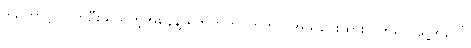
ဒါကြောင့် လက်ဦးမှု ယူတဲ့အနေနဲ့ ရဲဘက်ကို ကြိုတင် အသိပေးထားလိုက်ရင် သူ့အပေါ်